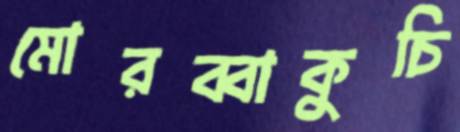
মোরব্বাকুচি